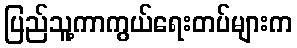
ပြည်သူ့ကာကွယ်ရေးတပ်များက